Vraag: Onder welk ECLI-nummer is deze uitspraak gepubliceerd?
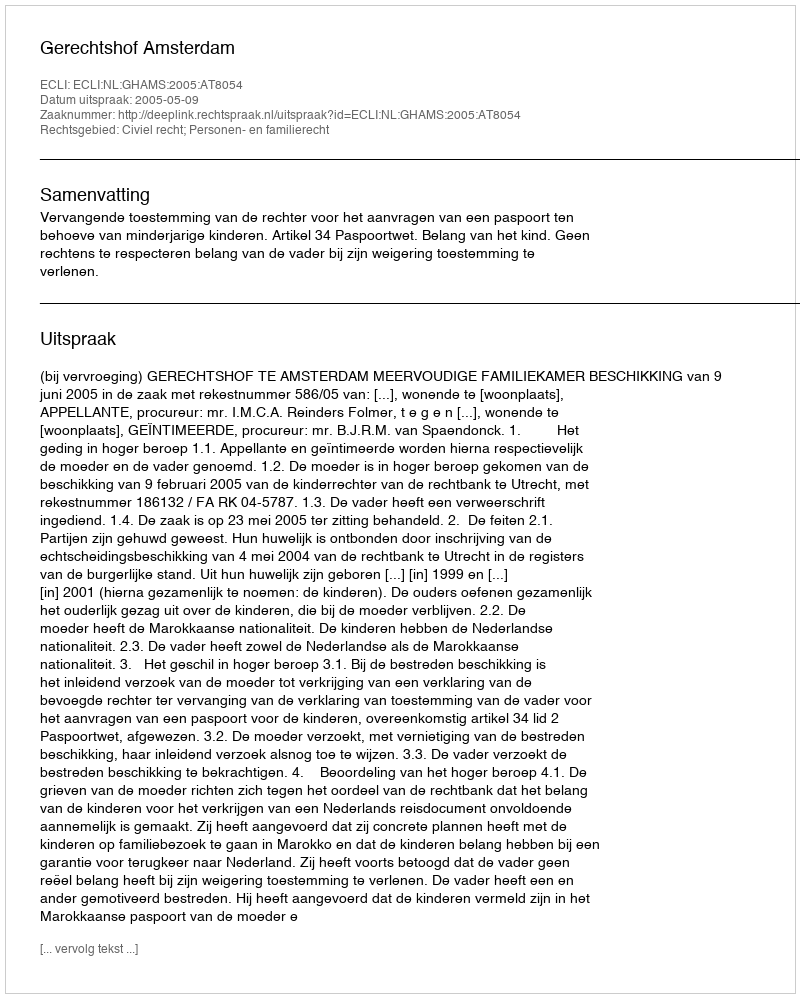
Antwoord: ECLI:NL:GHAMS:2005:AT8054